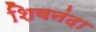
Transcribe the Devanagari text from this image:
शिवनंदा